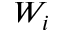
W _ { i }